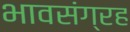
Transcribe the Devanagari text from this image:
भावसंग्रह